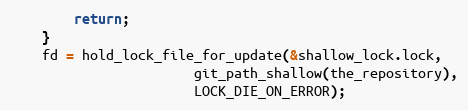
Language: C
		return;
	}
	fd = hold_lock_file_for_update(&shallow_lock.lock,
				       git_path_shallow(the_repository),
				       LOCK_DIE_ON_ERROR);